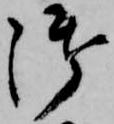
御